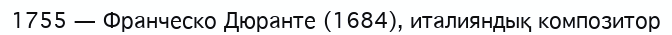
1755 — Франческо Дюранте (1684), италияндық композитор